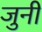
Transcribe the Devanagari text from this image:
जुनीं